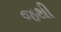
જથી